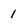
Character: 1